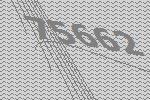
75662